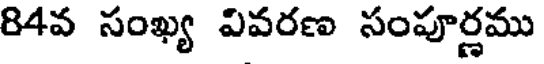
84వ సంఖ్య వివరణ సంపూర్ణము